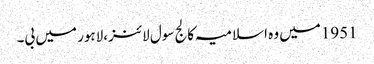
1951میں وہ اسلامیہ کالج سول لائنز،لاہور میں بی۔